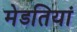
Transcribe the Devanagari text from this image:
मेडतियां